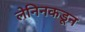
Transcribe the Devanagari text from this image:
लेनिनकडून